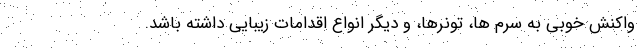
واکنش خوبی به سرم ها، تونرها، و دیگر انواع اقدامات زیبایی داشته باشد.